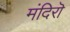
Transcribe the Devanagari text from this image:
मंदिरॊ